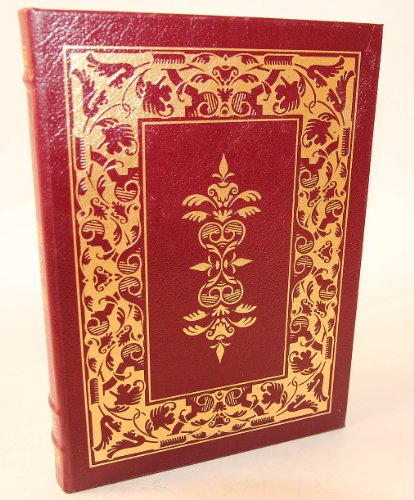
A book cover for PYGMALION AND CANDIDA. A Volume in The 100 (One Hundred) Greatest Books Ever Written Series.; George Bernard. Introduction by Alan Strachan. Illustrated by Clarke Hutton. SHAW; Health, Fitness & Dieting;